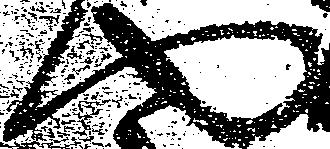
や